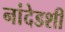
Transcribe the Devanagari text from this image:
नांदेडशी